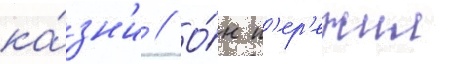
ка́зн'и // О́н п'ер'ежил